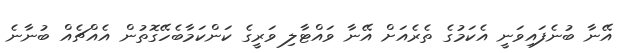
އޭނާ ބުނެފައިވަނީ އެކަމުގެ ތެރެއަށް އޭނާ ވައްޓާލި ވަރީގެ ކަންކަމާބެހޭގޮތުން އެއްޗެއް ބުނާނެ